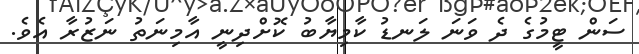
ސަން ޓީމުގެ ދެ ވަނަ ލަނޑު ކާމިޔާބު ކޮށްދިނީ އާމިނަތު ނަޒުރާ އެވެ.